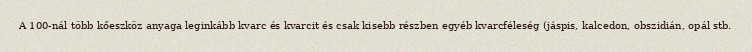
A 100-nál több kőeszköz anyaga leginkább kvarc és kvarcit és csak kisebb részben egyéb kvarcféleség (jáspis, kalcedon, obszidián, opál stb.